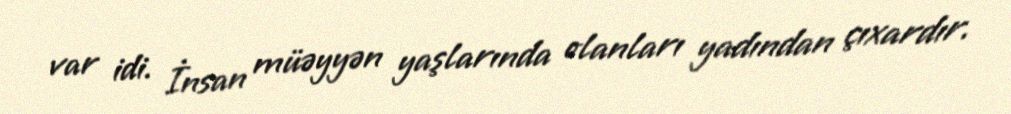
var idi. İnsan müəyyən yaşlarında olanları yadından çıxardır.